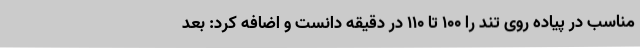
مناسب در پیاده روی تند را 100 تا 110 در دقیقه دانست و اضافه کرد: بعد